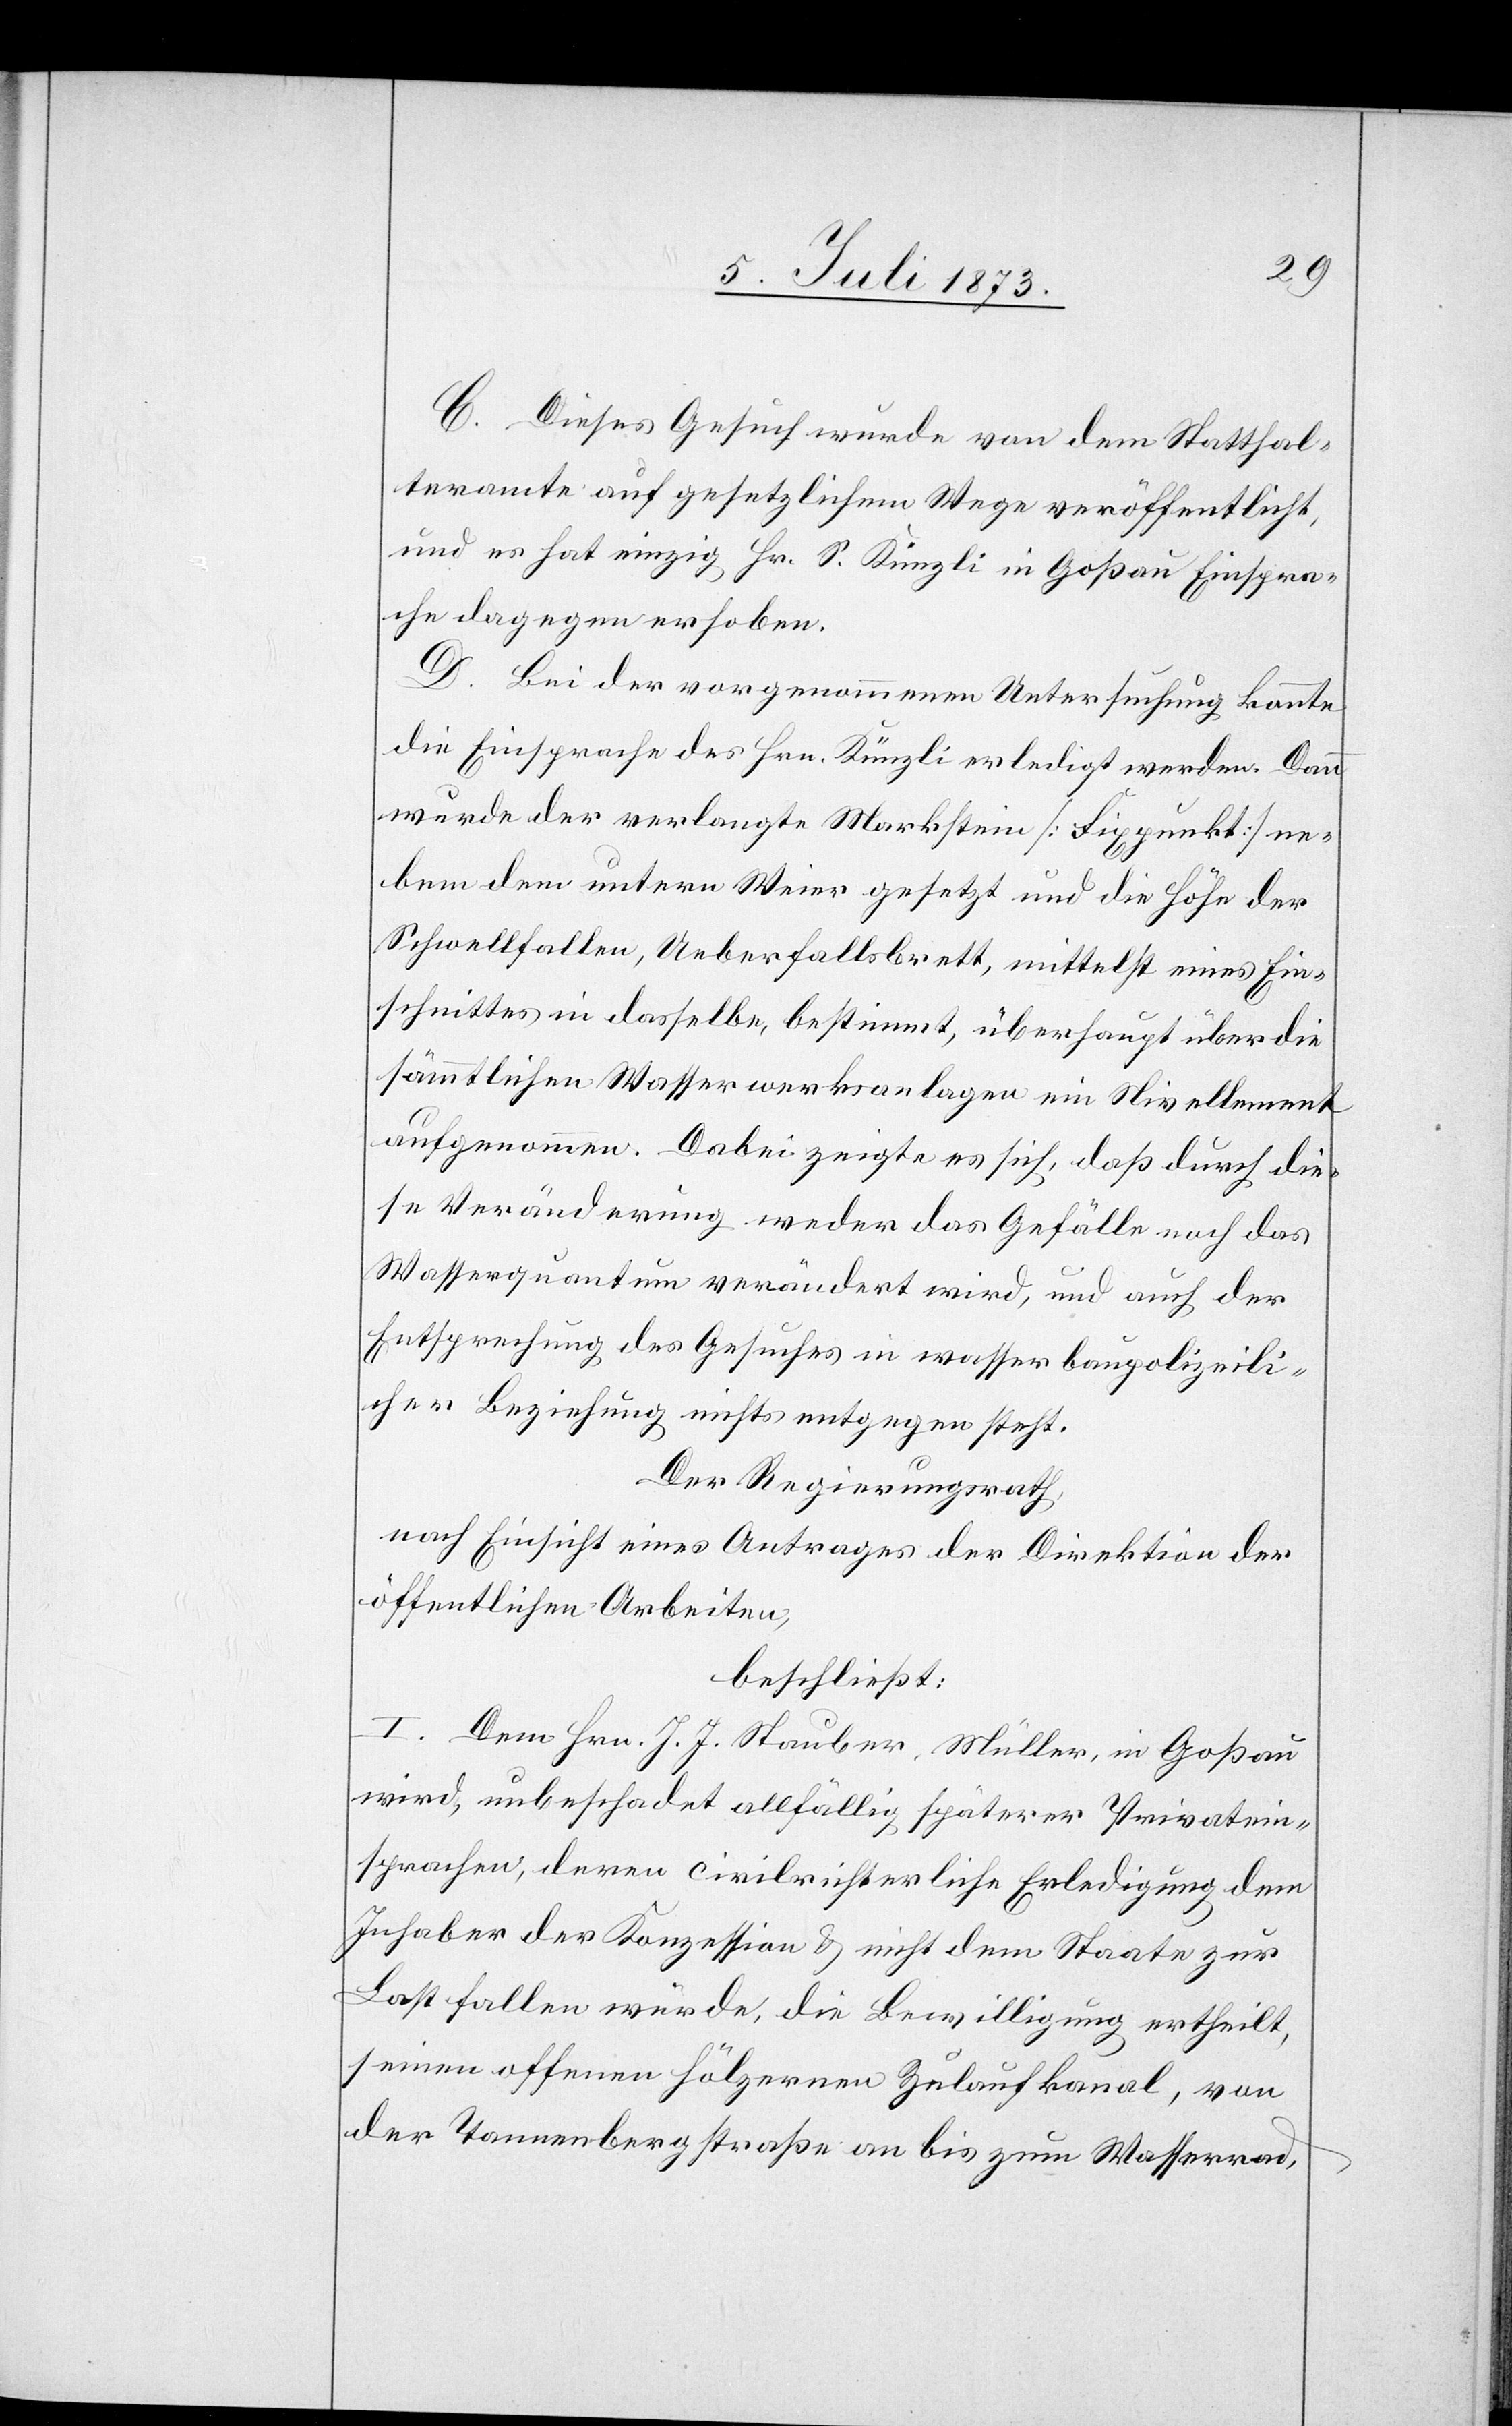
C. Dieses Gesuch wurde von dem Statthal¬
teramte auf gesetzlichem Wege veröffentlich
und es hat einzig Hr. S. Künzli in Goßau Einspra¬
che dagegen erhoben.
D. bei der vorgenommenen Untersuchung konnte
die Einsprache des Hrn. Künzli erledigt werden. Dann
wurde der verlangte Markstein [Fixpunkt] nebem
[sic!] dem untern Weier gesetzt und die Höhe der
Schwellfallen, Ueberfallsbrett, mittelst eines Ein¬
schnittes in dasselbe, bestimmt, überhaupt über die
sämmtlichen Wasserwerksanlagen ein Nivellement
aufgenommen. Dabei zeigte es sich, daß durch die¬
se Veränderung weder das Gefälle noch das
Wasserquantum verändert wird, und auch der
Entsprechung des Gesuches in wasserbaupolizeili¬
cher Beziehung nichts entgegen steht.
Der Regierungsrath,
nach Einsicht eines Antrages der Direktion der
öffentlichen Arbeiten,
beschließt:
I. Dem Hrn. J. J. Stauber, Müller, in Goßau
wird, unbeschadet allfällig späterer Privatein¬
sprachen, deren civilrichterliche Erledigung dem
Inhaber der Konzession & nicht dem Staate zur
Last fallen würde, die Bewilligung ertheilt,
seinen offenen hölzernen Zulaufkanal, von
der Tannenbergstraße an bis zum Wasserrad,